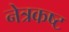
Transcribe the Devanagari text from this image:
नेत्रकष्ट